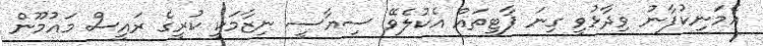
އެމަނިކުފާނު ވިދާޅުވީ ގިނަ ޕާޓީތައް އެކުލެވޭ ސިޔާސީ ނިޒާމަކީ ކުރީގެ ރައީސް މައުމޫން